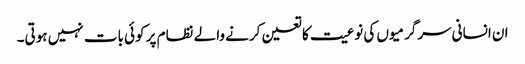
ان انسانی سرگرمیوں کی نوعیت کا تعین کرنے والے نظام پر کوئی بات نہیں ہوتی۔